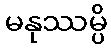
မနုဿမ္ပိ